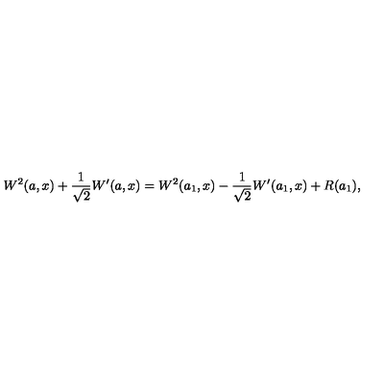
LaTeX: W ^ { 2 } ( a , x ) + \frac { 1 } { \sqrt { 2 } } W ^ { \prime } ( a , x ) = W ^ { 2 } ( a _ { 1 } , x ) - \frac { 1 } { \sqrt { 2 } } W ^ { \prime } ( a _ { 1 } , x ) + R ( a _ { 1 } ) ,